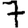
Digit: 7